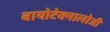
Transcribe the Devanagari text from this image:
बायोटेक्नालोजी